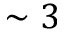
\sim 3